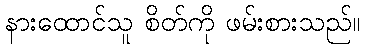
နားထောင်သူ စိတ်ကို ဖမ်းစားသည်။